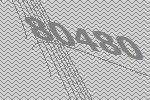
80480